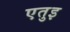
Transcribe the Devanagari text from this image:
एतुइ